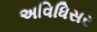
અવિધિસર